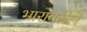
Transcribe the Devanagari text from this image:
भारावलेले